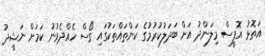
އަތޮޅު އޮފީސް މިލަންދު އަށް ބަދަލުކުރުމުގެ ކަންތައްތަކުގައި ގޯސް ހެއްދެވުނު ކަމަށް ނަޝީދު